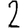
Digit: 2